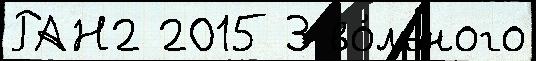
РАН2 2015 3 во́льного